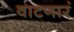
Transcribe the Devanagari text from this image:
वाटणारं